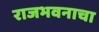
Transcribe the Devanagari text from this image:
राजभवनाचा